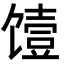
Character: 𮩞